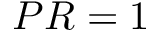
P R = 1